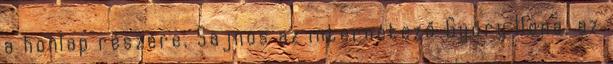
a honlap részére. Sajnos az internetező Győry Ilona, az